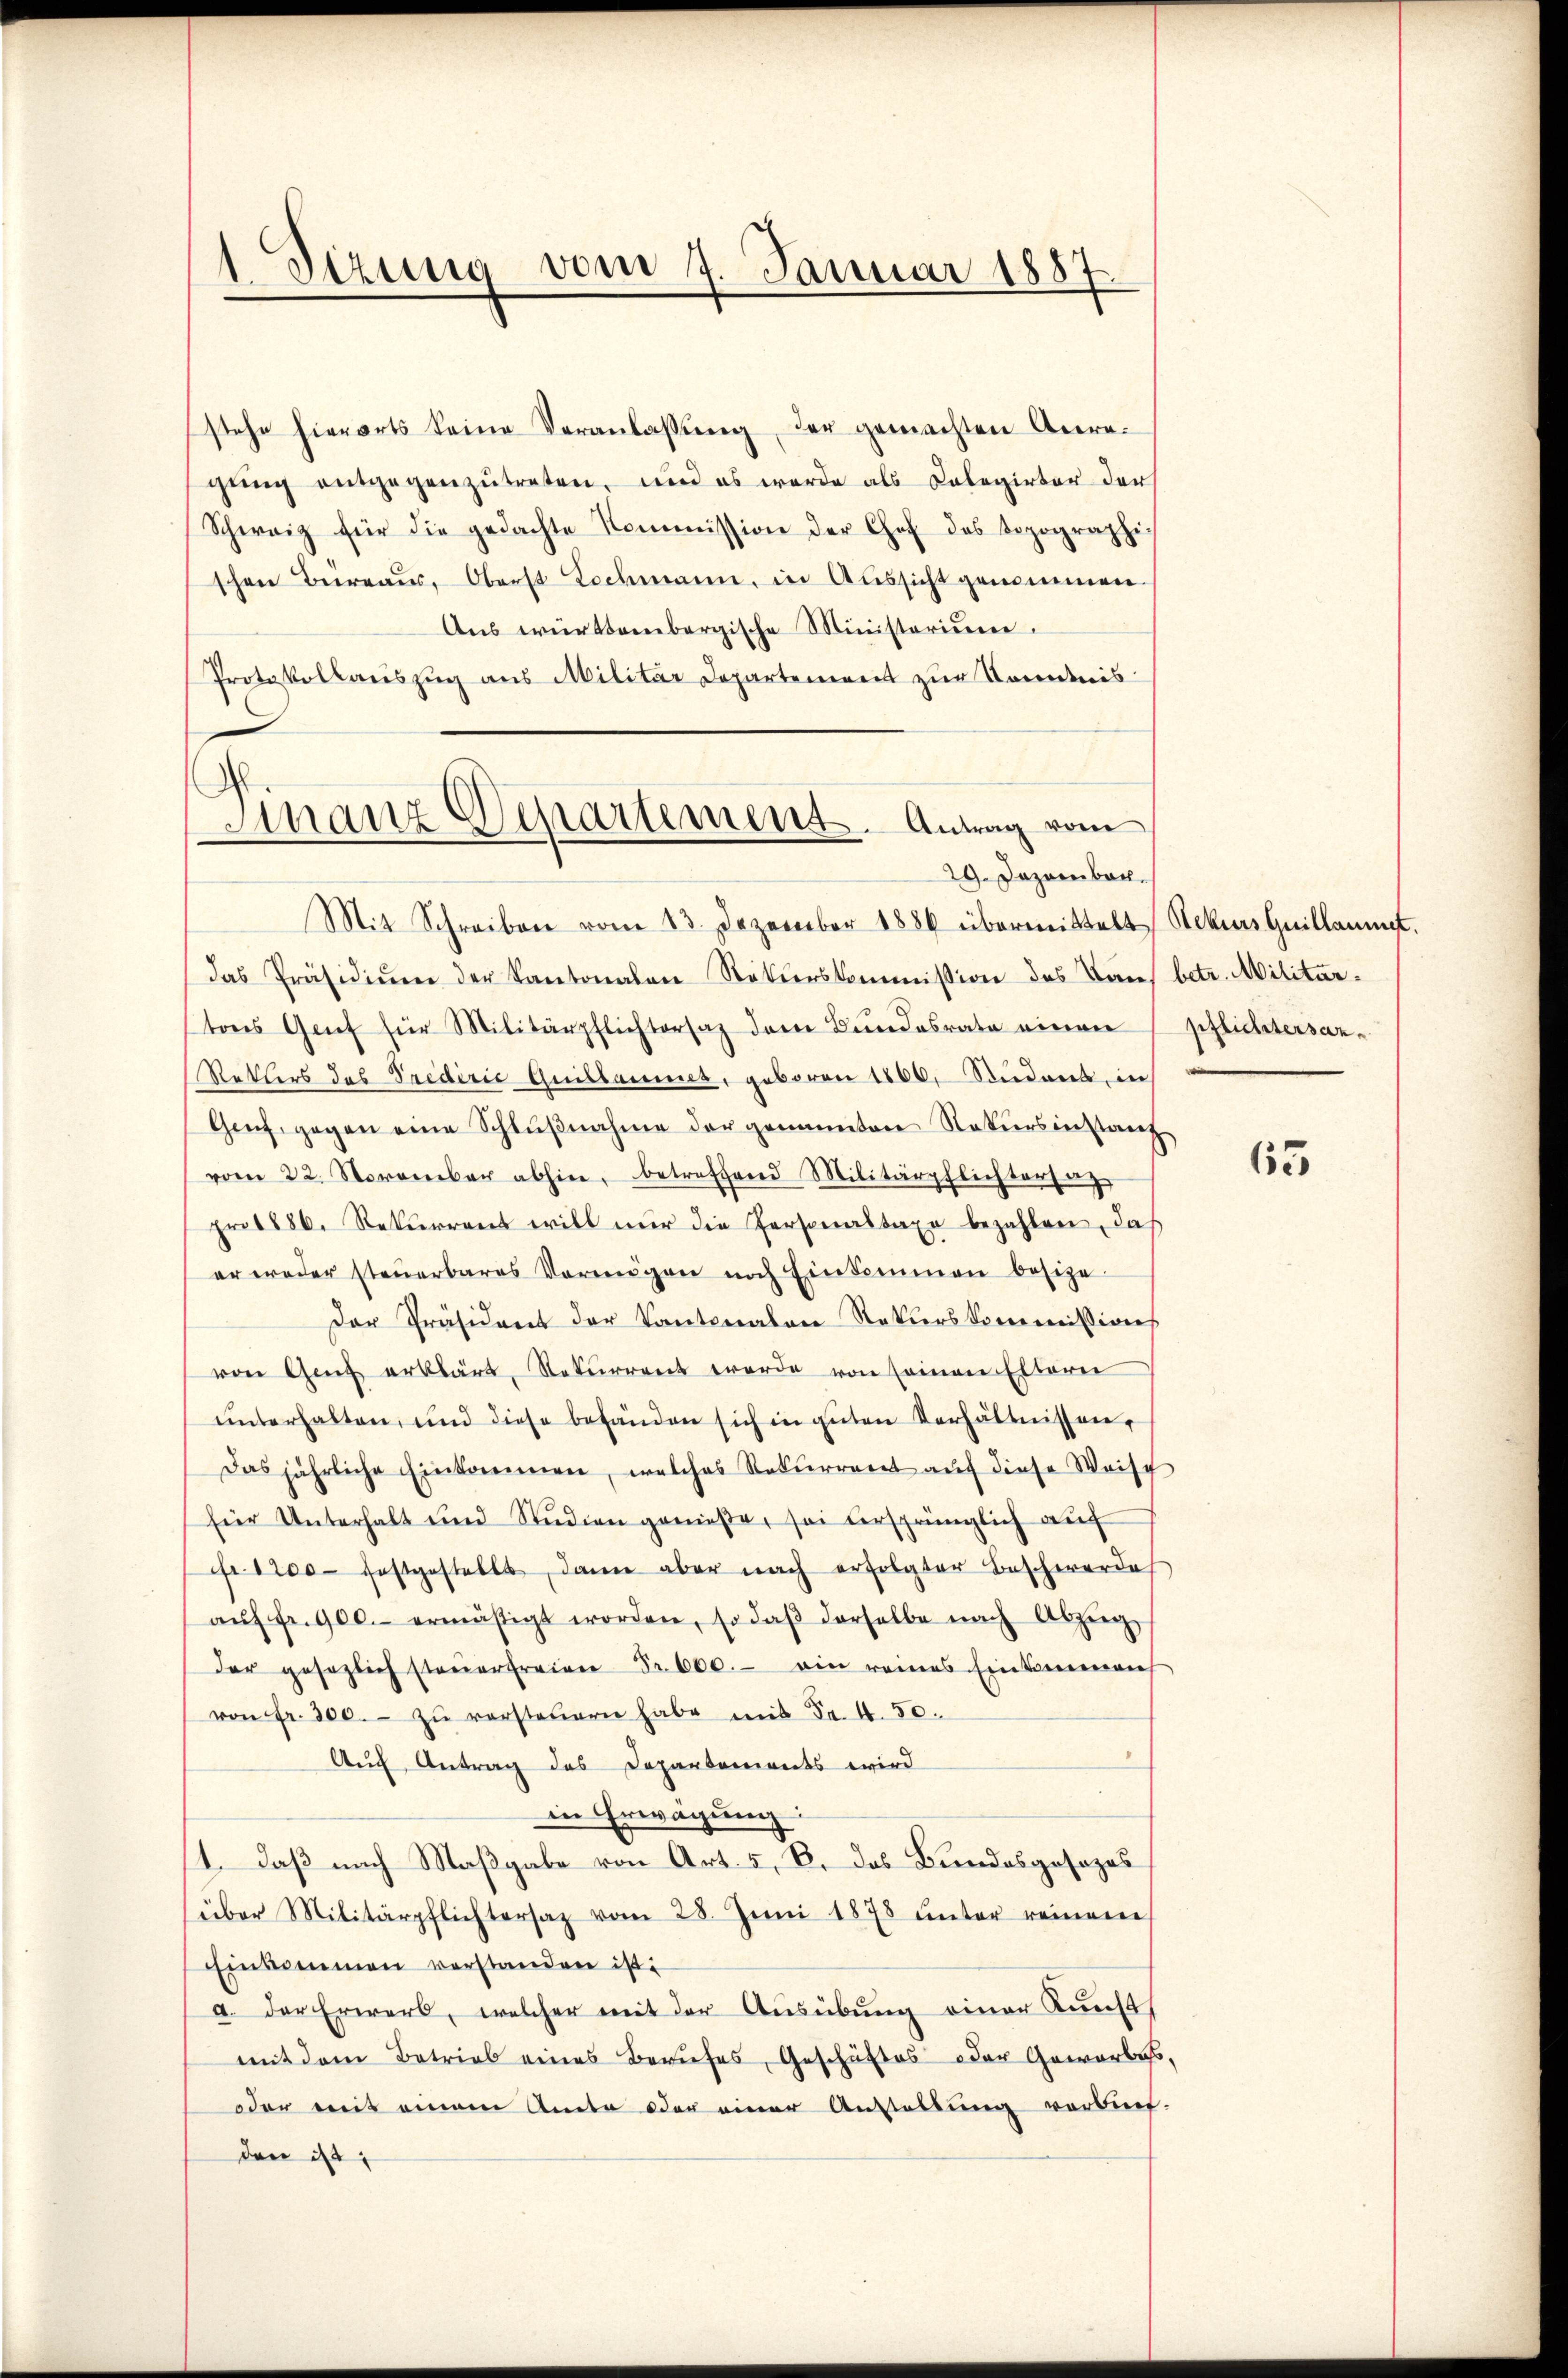
1 Sizung vom 7. Januar 1887

stehe hierorts keine Veranlassung, der gemachten Anregung entgegenzutreten, und es wurde als Colegirter der
Schweiz für die gedachte Kommission der Chef des Sopographi-
schen Büreaŭs, Oberst Lochmann, in Aŭssicht genommen.
Aus württembergische Ministorium.
Protokollauszug aus Militar Departement zur Kenntnis
Finanz
Departement. Antrag vom

29. Dezember.

Mit Schreiben vom 13. Dezember 1886 übermittelt Sekurs Guillaumet.
das Präsidiŭm der Kantonalen Stokierskommission des Baus betr. Militärtons Genf für Militärpflichtersaz dem Bundesrate einen pflichtersan¬
Retters des Predirić Guillaumes, geboren 1860, Student, in
Genf, gegen eine Schlußnahme der genannten Nakiers inzwang
vom 22. November abhin, betreffend Militärpflichtersag
pro 1886. Rekurrent will nur die Personastaxe bezahlen, daß
er weder steŭerbares Vermögen noch Einkommen besize-
Der Präsident der Kantonalen Rekurskommissions
von Ganz erklärt, Rekurrent werde von seinen Eltern
unterhalten, und diese befänden sich in guten Verhältnissen,
Das jährliche Einkommen, welches Rekurrent aŭf diese Weisch
für Unterhalt und Studien genieße, sei versprünglich auf
fr. 1200 festgestellt, dann aber nach erfolgter Beschwerde
aŭf fr. 900.- ermäßigt worden, so daβ derselbe nach Abzüg
der gesezlich steŭerfreien Fr. 600.- ein reines Einkommens
von fr. 300.- zŭ versteuern habe mit Fr. 4. 50.
Auf Antrag des Departements wird
in Erwägung:
1. Daß nach Maßgabe von Art. 5, B. das Bundesgesezes
über Militärpflichtersaz vom 28. Juni 1878 unter reinere
Einkommen verstanden ist:
a. der Erwarb, welcher mit der Ausübung einer Kunst
mit dem Betrieb eines Berufes, Geschäftes oder Gewerbes,
oder mit einem Amte oder einer Austellung verbind-
den i

65